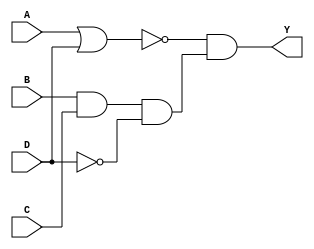



module Combo_CA (Y,A, B, C, D);
output Y;
input A, B, C, D;
assign Y = (~(A | D)) & (B & C & ~D);
endmodule